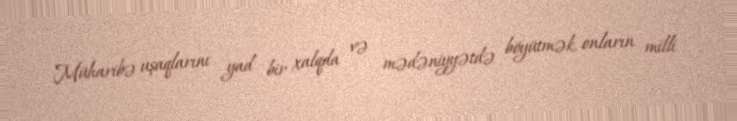
Müharibə uşaqlarını yad bir xalqda və mədəniyyətdə böyütmək, onların milli